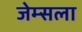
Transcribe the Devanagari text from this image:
जेम्सला